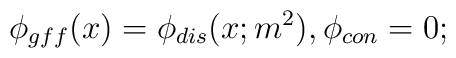
\phi_{gff}(x)=\phi_{dis}(x;m^2), \phi_{con}=0;